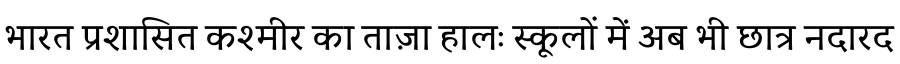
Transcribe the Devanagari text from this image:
भारत प्रशासित कश्मीर का ताज़ा हालः स्कूलों में अब भी छात्र नदारद